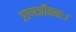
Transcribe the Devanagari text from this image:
प्राणजीवनः।